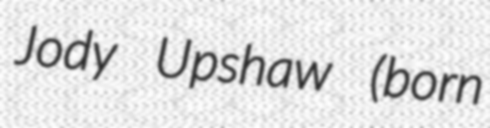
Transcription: Jody Upshaw (born